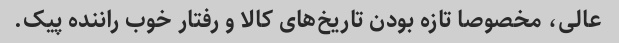
عالی، مخصوصا تازه بودن تاریخ‌های کالا و رفتار خوب راننده پیک.